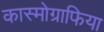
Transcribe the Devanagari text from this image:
कास्मोग्राफिया